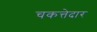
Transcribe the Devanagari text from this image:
चकत्तेदार